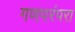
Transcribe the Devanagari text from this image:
गणपरंपरा